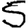
Digit: 5